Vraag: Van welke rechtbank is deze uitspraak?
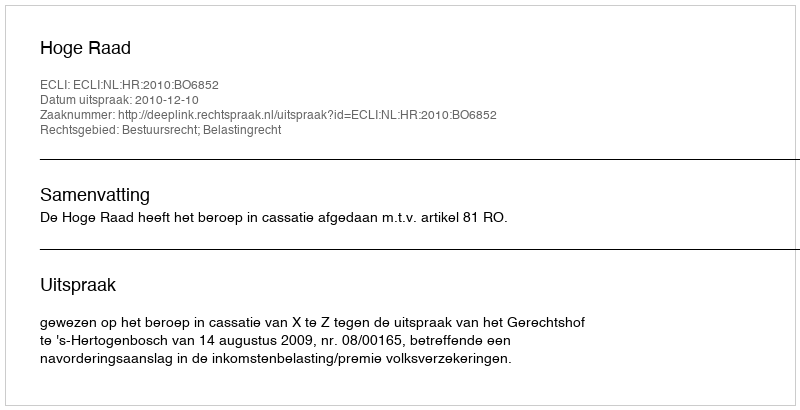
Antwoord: Hoge Raad